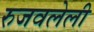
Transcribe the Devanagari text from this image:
रुजवलेली